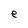
Character: e